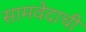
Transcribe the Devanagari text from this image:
सामवेदाची